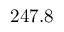
2 4 7 . 8